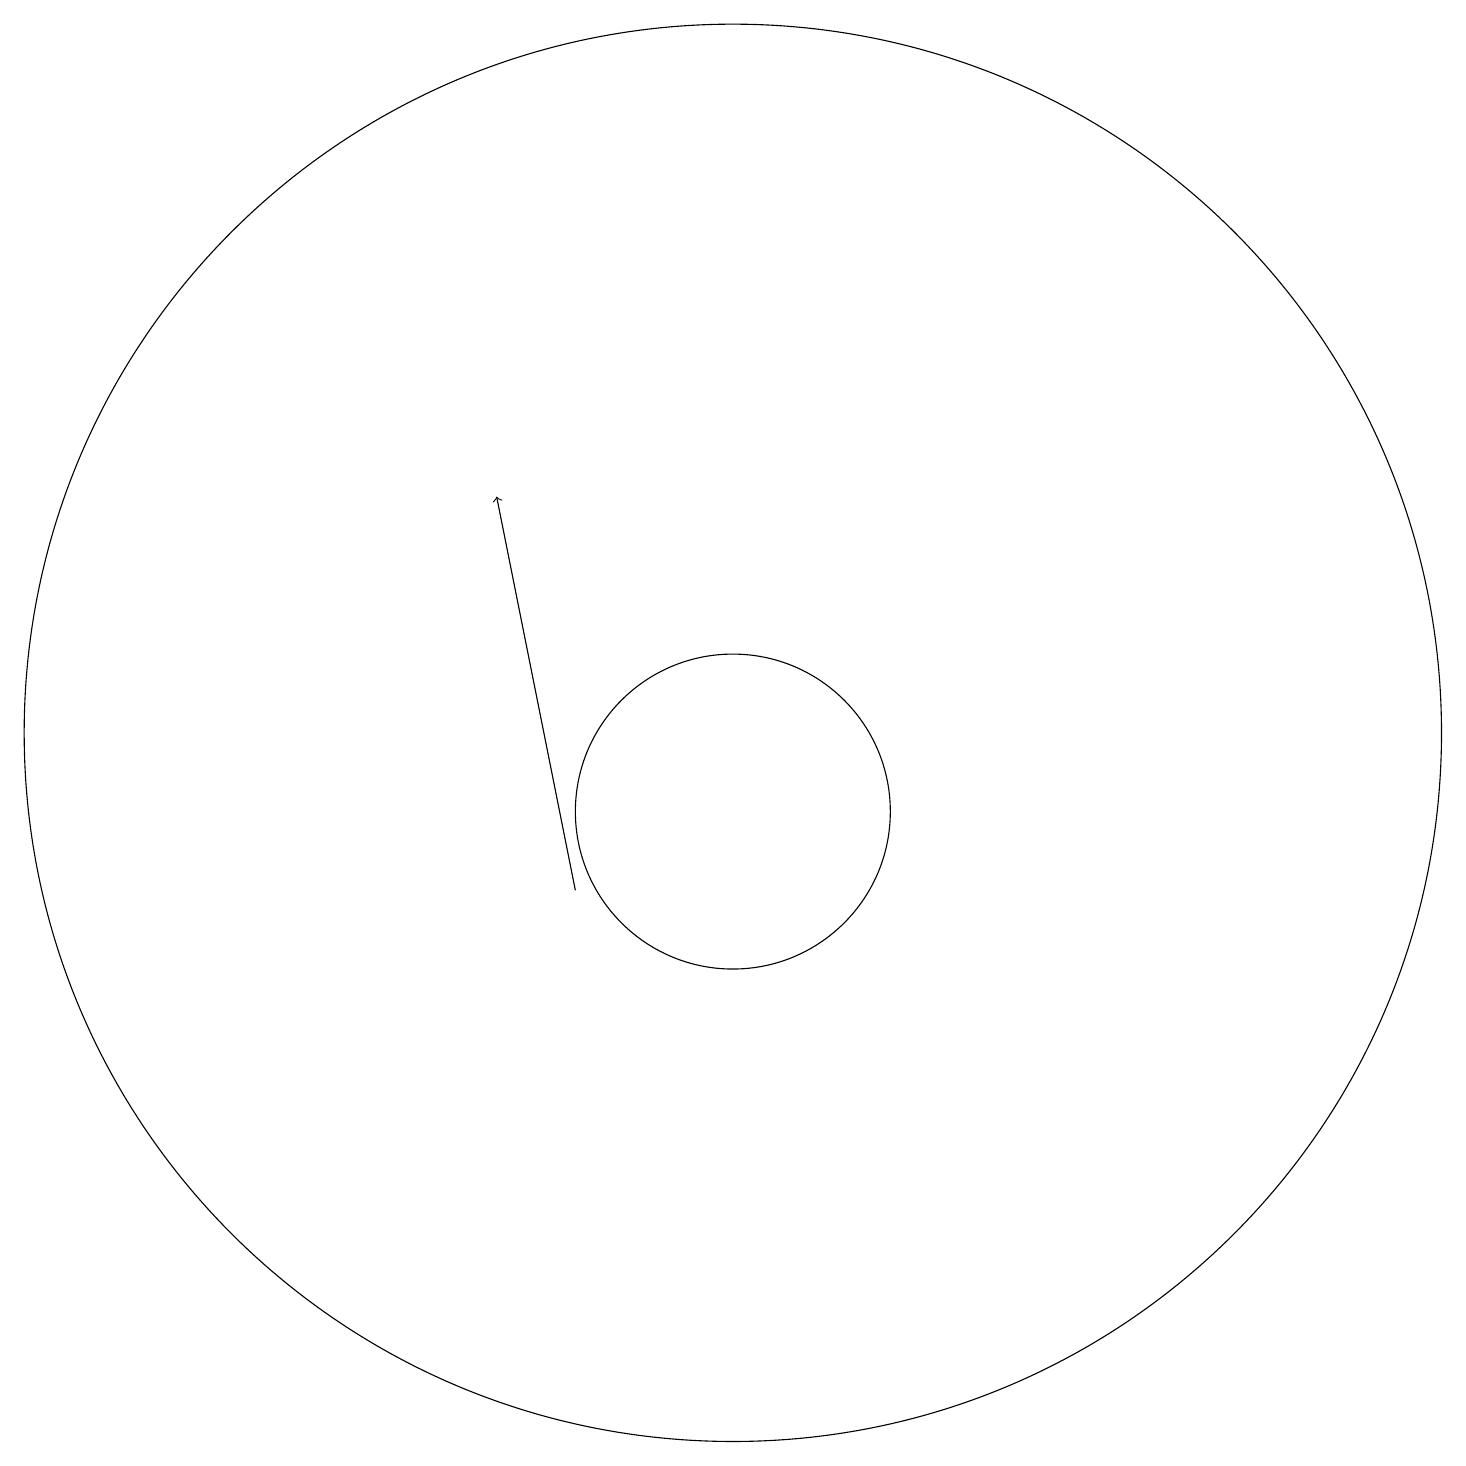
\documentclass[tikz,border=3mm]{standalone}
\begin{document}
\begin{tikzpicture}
\draw (11,11) circle (2);
\draw[->] (9,10) -- (8,15);
\draw (11,12) circle (9);
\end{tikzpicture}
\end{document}